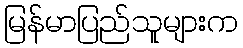
မြန်မာပြည်သူများက